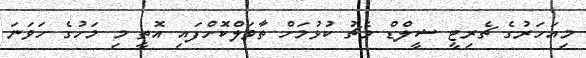
މިއަހަރުގެ ޗެރިޓީ ޝީލްޑް މެޗު ކުޅުމަށް ތާވަލްކޮށްފައި އޮތީ މި މަހުގެ ހަވަނަ